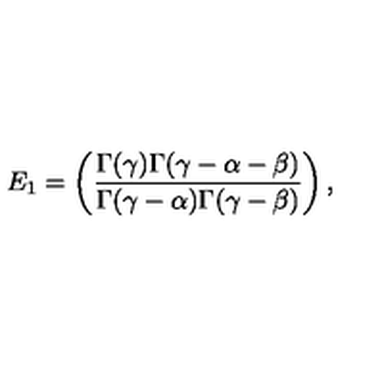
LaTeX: E _ { 1 } = \left( \frac { \Gamma ( \gamma ) \Gamma ( \gamma - \alpha - \beta ) } { \Gamma ( \gamma - \alpha ) \Gamma ( \gamma - \beta ) } \right) ,